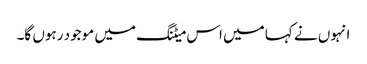
انہوں نے کہا میں اس میٹنگ میں موجود رہوں گا۔